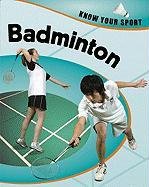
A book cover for Badminton (Know Your Sport); Clive Gifford; Sports & Outdoors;